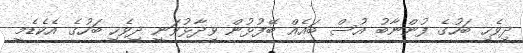
ދިވެހި ބަހުގެ ފުންނާބު އުސް ބައެއް ބޭފުޅުން ވިދާޅުވަނީ ދިވެހި ބަހުގެ އެކެޑެމީ